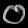
Digit: ၀